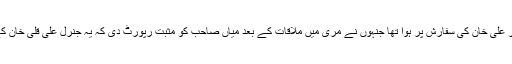
جنرل مشرف کا تقرر شہباز اور چوہدری نثار علی خان کی سفارش پر ہوا تھا جنہوں نے مری میں ملاقات کے بعد میاں صاحب کو مثبت رپورٹ دی کہ یہ جنرل علی قلی خان کے مقابلے میں بہتر بھی ہے اور کمزور بھی۔